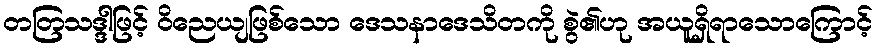
တတြသဒ္ဒါဖြင့် ဝိညေယျဖြစ်သော ဒေသနာဒေသိတကို စွဲ၏ဟု အယူရှိရာသောကြောင့်